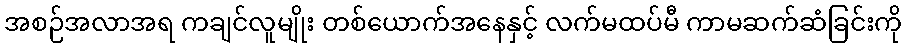
အစဉ်အလာအရ ကချင်လူမျိုး တစ်ယောက်အနေနှင့် လက်မထပ်မီ ကာမဆက်ဆံခြင်းကို